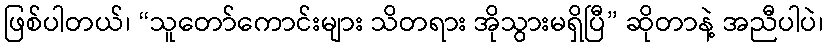
ဖြစ်ပါတယ်၊ “သူတော်ကောင်းများ သိတရား အိုသွားမရှိပြီ” ဆိုတာနဲ့ အညီပါပဲ၊